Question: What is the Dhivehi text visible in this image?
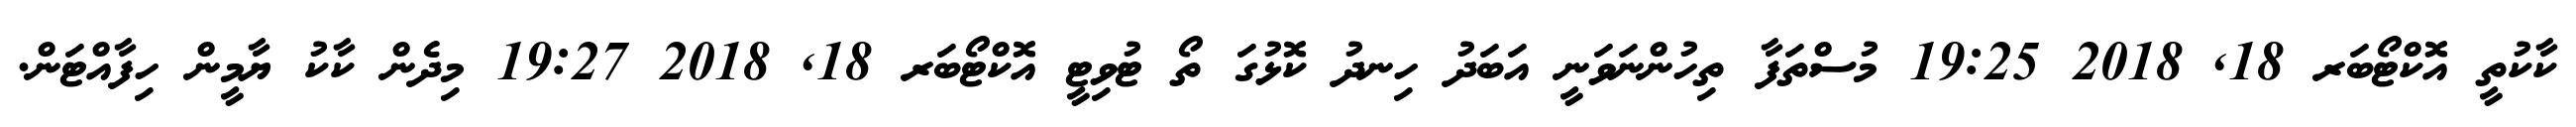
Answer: ކާކުތީ އޮކްޓޯބަރ 18, 2018 19:25 މުސްތަފާ ތިހުންނަވަނީ އަބަދު ހިނދު ކޮޅުގަ ތޯ ޓުވިޓީ އޮކްޓޯބަރ 18, 2018 19:27 މިދެން ކާކު ޔާމީން ހިފާއްޓަން.